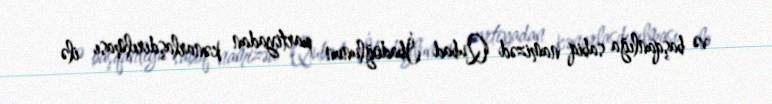
və başqanlığa sabiq namizəd Qubad İbadoğlunun partiyadan kənarlaşdırılması ilə